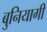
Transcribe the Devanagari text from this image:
बुनियागी